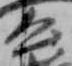
公